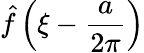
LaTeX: {\hat{f}}\left(\xi-{\frac{a}{2\pi}}\right)